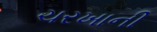
ચરખાની